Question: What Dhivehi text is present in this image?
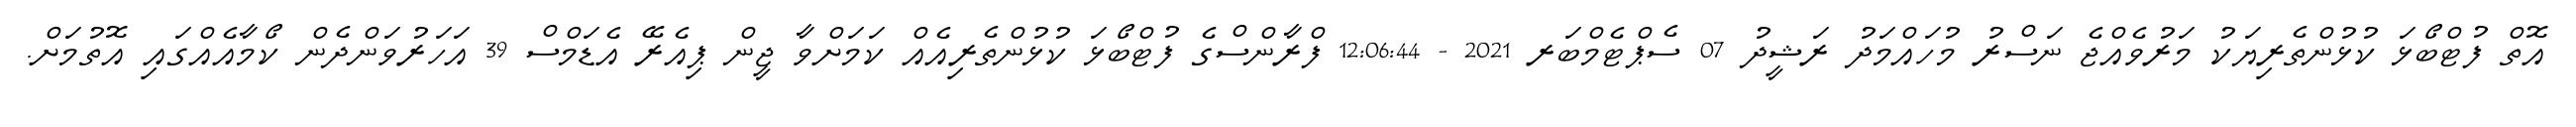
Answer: އޮތް ފުޓްބޯޅަ ކުޅުންތެރިޔަކު މަރުވެއްޖެ ނަސްރު މުހައްމަދު ރަޝީދު 07 ސެޕްޓެމްބަރ 2021 - 12:06:44 ފްރާންސްގެ ފުޓްބޯޅަ ކުޅުންތެރިއެއް ކަމަށްވާ ޖީން ޕިއެރޭ އެޑަމްސް 39 އަހަރުވަންދެން ކޯމާއެއްގައި އޮތުމަށް.